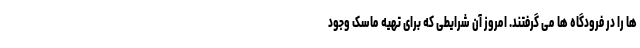
ها را در فرودگاه ها می گرفتند. امروز آن شرایطی که برای تهیه ماسک وجود